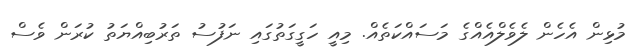
މުޅިން އެހެން ލެވެލްއެއްގެ މަސައްކަތެއް. މިއީ ހަގީގަތުގައި ނަފުސު ތަރުބިއްޔަތު ކުރަން ވެސް